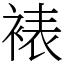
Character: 裱